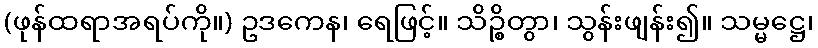
(ဖုန်ထရာအရပ်ကို။) ဥဒကေန၊ ရေဖြင့်။ သိဉ္စိတွာ၊ သွန်းဖျန်း၍။ သမ္မဋ္ဌေ၊